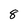
Character: 8